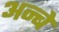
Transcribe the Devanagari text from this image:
अन्बे